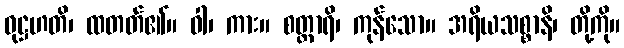
ဝုဋ္ဌဟတိ၊ ထတတ်၏။ ဝါ၊ ကား။ စတ္တာရိ၊ ကုန်သော။ အရိယသစ္စာနိ၊ တို့ကို။